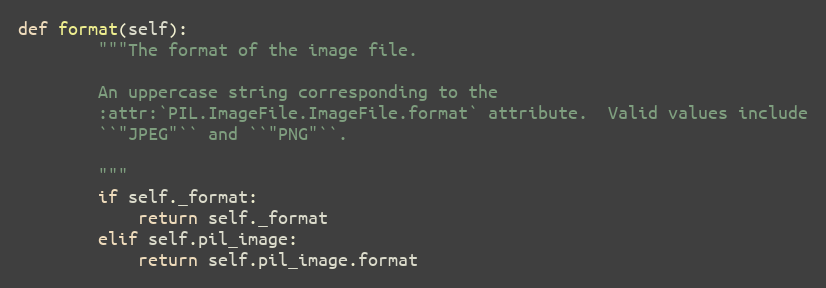
Language: Python
def format(self):
        """The format of the image file.

        An uppercase string corresponding to the
        :attr:`PIL.ImageFile.ImageFile.format` attribute.  Valid values include
        ``"JPEG"`` and ``"PNG"``.

        """
        if self._format:
            return self._format
        elif self.pil_image:
            return self.pil_image.format